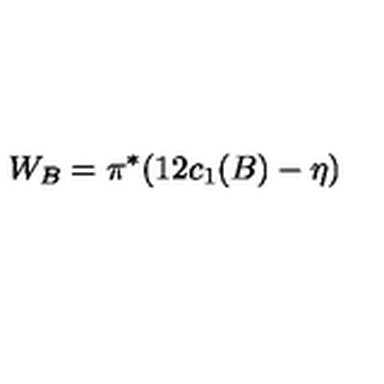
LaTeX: W _ { B } = \pi ^ { * } ( 1 2 c _ { 1 } ( B ) - \eta )